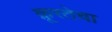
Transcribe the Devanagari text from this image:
क्रूरतेचा